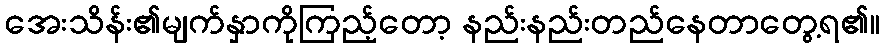
အေးသိန်း၏မျက်နှာကိုကြည့်တော့ နည်းနည်းတည်နေတာတွေ့ရ၏။